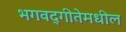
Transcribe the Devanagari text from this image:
भगवद्‍गीतेमधील